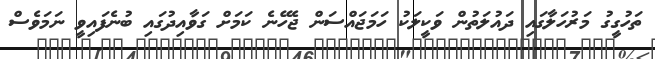
ތަހުގީގު މަރުހަލާގައި ދައުލަތުން ވަކީލަކު ހަމަޖައްސަން ޖެހޭނެ ކަމަށް ގަވާއިދުގައި ބުނެފައިވީ ނަމަވެސް